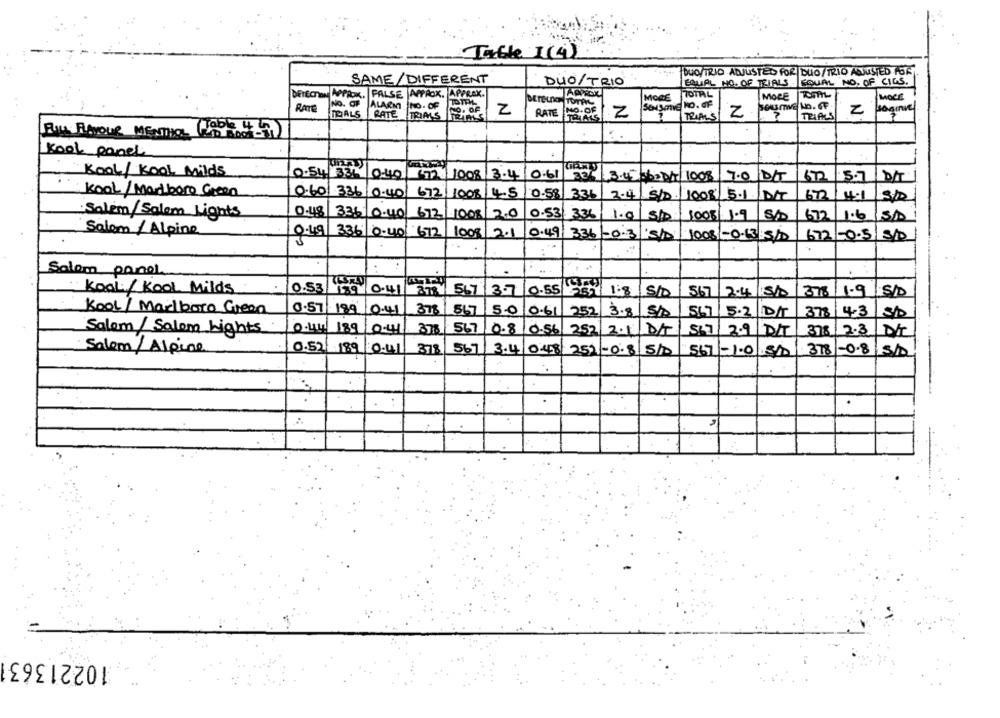
Table I(4)
DUO/TRIO ADJUSTED FOR DUO/TRIO ADJUSTED FORT
SAME/ DIFFERENT
DUO/ TRIO
EQUAL NO. OF TRIALS EQUAL NO. OF CIGS.
DETECTION APPROX. FALSE APPROX. APPROX.
MORE TOTAL
MORE
MOCE
RATE
NO. OF ALARM NO. OF
NO. OF
SESmiE NO. OF
TRIALS
Z
RATE
2
TRIALS
Z
Z
saginie
RATE TRIMS TRIALS
TRIALS
Wobk 4
FILL FLAVOUR MENTHOL
Kool panel
KOOL/ KOOL Milds
0.54 331 0:40
7 1008 3.45
0.6
336 3.42 362 D/ 1008
7.0 DET
62
5.7
kool/Marlboro Green
0.60 336
10.40/
672 / 100%
0.58
3.36
2.4 / 5/D.
1008 5.1
DT
672/4.1
Salem/Salem Lights
0.48 336 0.40
672 -1008 2.0
0.53
336
1.9
672
1.6
SID
1008 1.9
Salem / Alpine
9.49
336 0-40
672
1008 2.1
0.49
3.36 -0.3|5/0
672 -0.5
1008 -0-13 15/D
Salem panel
Kook/ Kool Milds
0.53
0.41
278 567
3.7
0.55 25 1:8
SID
567
2.4
378
1.9
SID
10.57
Kool / Marlboro Green
199
10.4
378
567
5.0
10.61
25%
3.8
567
5.2
378/ 4-3
sp
Salam/ Salon Lights
10.44
189
0.41
276 567
0.8 0.56|252/ 2.1
567
2.9
378 2.3
IDA
DIT
Salem / Alpine
0.52 189 0.41
378
567
3.4
0.48 252-0.8
510
567-1.0 5/0
3781-0.8
10221363